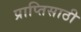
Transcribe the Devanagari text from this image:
प्राप्तिसाठी